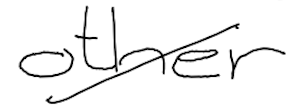
Text: other
Cross-out: diagonal
Writing tool: digital_black